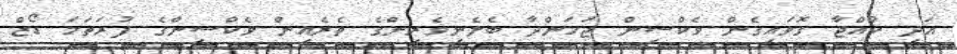
އަދި ކުއްޖާ ގޮވައިގެން ވެކްސިން ޖަހަންދާ ބެލެނިވެރިންގެ ތެރެއިން ވެކްސިންގެ ފުރަތަމަ ޑޯޒް